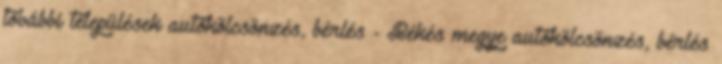
további települések autókölcsönzés, bérlés - Békés megye autókölcsönzés, bérlés